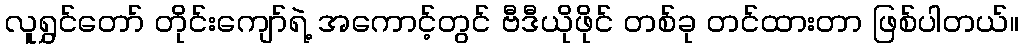
လူရွှင်တော် တိုင်းကျော်ရဲ့ အကောင့်တွင် ဗီဒီယိုဖိုင် တစ်ခု တင်ထားတာ ဖြစ်ပါတယ်။